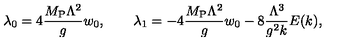
\lambda _ { 0 } = 4 { \frac { M _ { \mathrm { P } } \Lambda ^ { 2 } } { g } } w _ { 0 } , \qquad \lambda _ { 1 } = - 4 { \frac { M _ { \mathrm { P } } \Lambda ^ { 2 } } { g } } w _ { 0 } - 8 { \frac { \Lambda ^ { 3 } } { g ^ { 2 } k } } E ( k ) ,